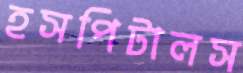
হসপিটালস